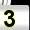
Digit: 3